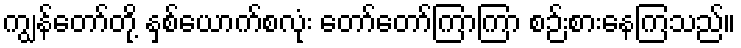
ကျွန်တော်တို့ နှစ်ယောက်စလုံး တော်တော်ကြာကြာ စဉ်းစားနေကြသည်။